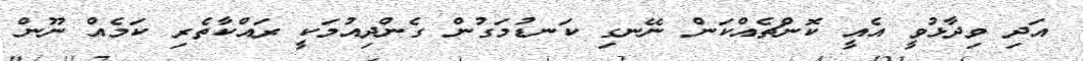
އަދި ވިދާޅުވީ އެއީ ކޮންޗެއްކަން ނޭނގި ކަނޑުމަގުން ގެންދިއުމަކީ ރައްކާތެރި ކަމެއް ނޫން